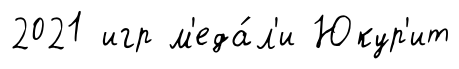
2021 игр м'еда́л'и Юкур'ит